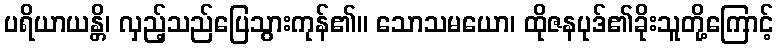
ပရိယာယန္တိ၊ လှည့်သည်ပြေသွားကုန်၏။ သောသမယော၊ ထိုဇနပုဒ်၏ခိုးသူတို့ကြောင့်